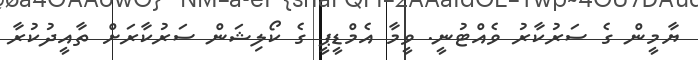
ޔާމީން ގެ ސަރުކާރު ވެއްޓުނީ. ވީމާ އެމްޑީޕީ ގެ ކޯލިޝަން ސަރުކާރަށް ތާއީދުކުރާ